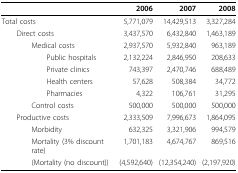
<table><thead><tr><td></td><td><b>2006</b></td><td><b>2007</b></td><td><b>2008</b></td></tr></thead><tbody><tr><td>Total costs</td><td>5,771,079</td><td>14,429,513</td><td>3,327,284</td></tr><tr><td> Direct costs</td><td>3,437,570</td><td>6,432,840</td><td>1,463,189</td></tr><tr><td>Medical costs</td><td>2,937,570</td><td>5,932,840</td><td>963,189</td></tr><tr><td>Public hospitals</td><td>2,132,224</td><td>2,846,950</td><td>208,633</td></tr><tr><td>Private clinics</td><td>743,397</td><td>2,470,746</td><td>688,489</td></tr><tr><td>Health centers</td><td>57,628</td><td>508,384</td><td>34,772</td></tr><tr><td>Pharmacies</td><td>4,322</td><td>106,761</td><td>31,295</td></tr><tr><td>Control costs</td><td>500,000</td><td>500,000</td><td>500,000</td></tr><tr><td> Productive costs</td><td>2,333,509</td><td>7,996,673</td><td>1,864,095</td></tr><tr><td>Morbidity</td><td>632,325</td><td>3,321,906</td><td>994,579</td></tr><tr><td>Mortality (3% discount rate)</td><td>1,701,183</td><td>4,674,767</td><td>869,516</td></tr><tr><td>(Mortality (no discount))</td><td>(4,592,640)</td><td>(12,354,240)</td><td>(2,197,920)</td></tr></tbody></table>